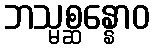
ဘသ္မစ္ဆန္နောဝ